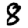
Digit: 8